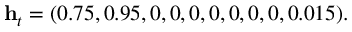
\mathbf { h } _ { t } = ( 0 . 7 5 , 0 . 9 5 , 0 , 0 , 0 , 0 , 0 , 0 , 0 , 0 . 0 1 5 ) .